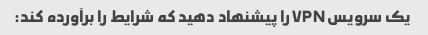
یک سرویس VPN را پیشنهاد دهید که شرایط را برآورده کند: